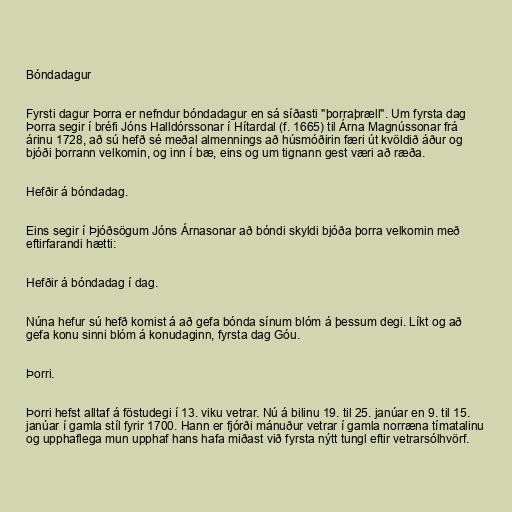
Bóndadagur

Fyrsti dagur Þorra er nefndur bóndadagur en sá síðasti "þorraþræll". Um fyrsta dag
Þorra segir í bréfi Jóns Halldórssonar í Hítardal (f. 1665) til Árna Magnússonar frá
árinu 1728, að sú hefð sé meðal almennings að húsmóðirin færi út kvöldið áður og
bjóði þorrann velkomin, og inn í bæ, eins og um tignann gest væri að ræða.

Hefðir á bóndadag.

Eins segir í Þjóðsögum Jóns Árnasonar að bóndi skyldi bjóða þorra velkomin með
eftirfarandi hætti:

Hefðir á bóndadag í dag.

Núna hefur sú hefð komist á að gefa bónda sínum blóm á þessum degi. Líkt og að
gefa konu sinni blóm á konudaginn, fyrsta dag Góu.

Þorri.

Þorri hefst alltaf á föstudegi í 13. viku vetrar. Nú á bilinu 19. til 25. janúar en 9. til 15.
janúar í gamla stíl fyrir 1700. Hann er fjórði mánuður vetrar í gamla norræna tímatalinu
og upphaflega mun upphaf hans hafa miðast við fyrsta nýtt tungl eftir vetrarsólhvörf.